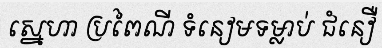
ស្នេហា ប្រពៃណី ទំនៀមទម្លាប់ ជំនឿ